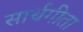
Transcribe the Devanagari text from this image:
सार्थगीता